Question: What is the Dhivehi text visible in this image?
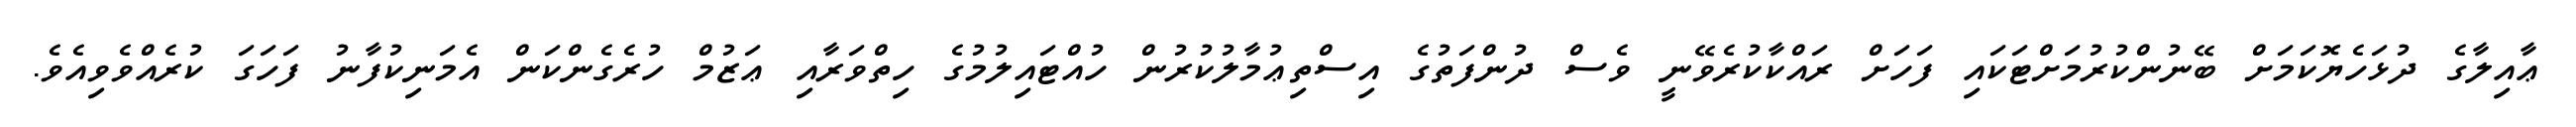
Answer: ޢާއިލާގެ ދުޅަހެޔޮކަމަށް ބޭނުންކުރުމަށްޓަކައި ފަހަށް ރައްކާކުރެވޭނީ ވެސް ދުންފަތުގެ އިސްތިޢުމާލުކުރުން ހުއްޓައިލުމުގެ ހިތްވަރާއި ޢަޒުމް ހުރެގެންކަން އެމަނިކުފާނު ފަހަގަ ކުރެއްވެވިއެވެ.